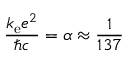
\, { \frac { k _ { \mathrm { e } } e ^ { 2 } } { \hbar c } } = \alpha \approx { \frac { 1 } { 1 3 7 } }